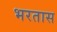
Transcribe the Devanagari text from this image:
भरतास